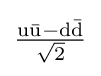
\mathrm {\tfrac {u{\bar {u}}-d{\bar {d}}}{\sqrt {2}}}